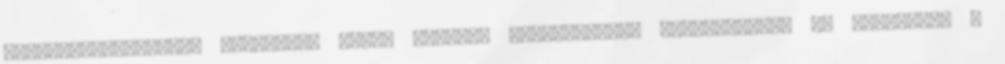
Egészségszervezési Központok TESZK vezetői folyamatosan tájékozódnak az esetleges -